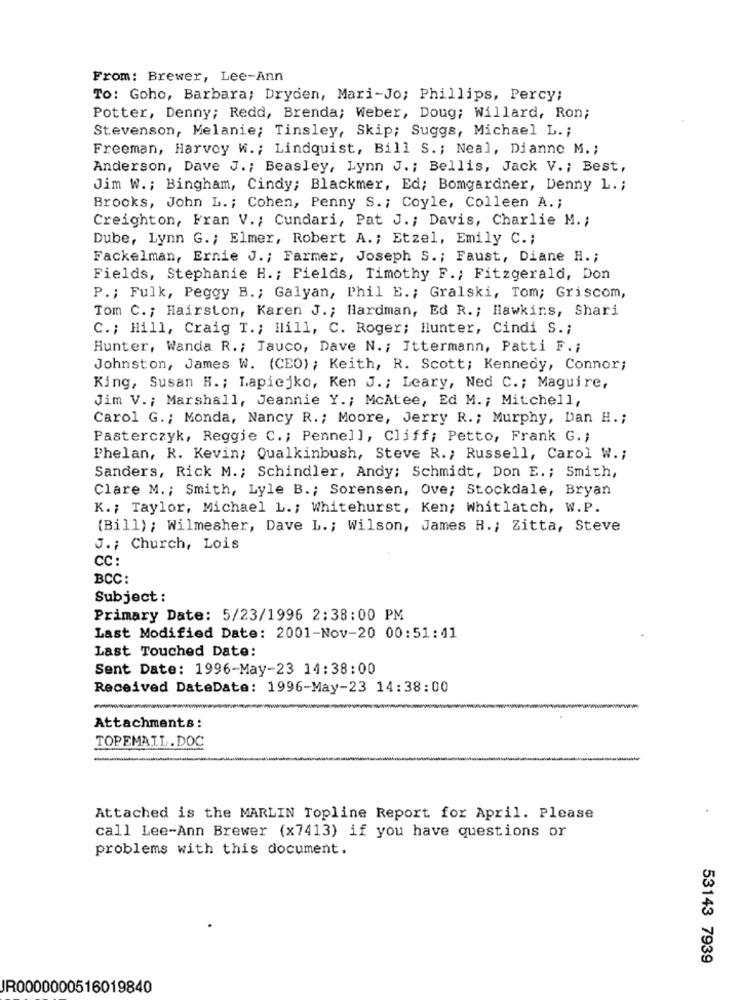
From: Brewer, Lee-Ann
To: Goho, Barbara; Dryden, Mari-Jo; Phillips, Percy;
Potter, Denny; Redd, Brenda; Weber, Doug; Willard, Ron;
Stevenson, Melanie; Tinsley, Skip; Suggs, Michael L .;
Freeman, Harvey W .; Lindquist, Bill S .; Neal, Dianne M .;
Anderson, Dave J .; Beasley, Lynn J .; Bellis, Jack V .; Best,
Jim W .; Bingham, Cindy; Blackmer, Ed; Bomgardner, Denny L. ;
Brooks, John L .; Cohen, Penny S .; Coyle, Colleen A .;
Creighton, Fran V .; Cundari, Pat J .; Davis, Charlie M. ;
Dube, Lynn G .; Elmer, Robert A .; Etzel, Emily C .;
Fackelman, Ernie J .; Farmer, Joseph S .; Faust, Diane H. ;
Fields, Stephanie H. ; Fields, Timothy F .; Fitzgerald, Don
P .; Fulk, Peggy B .; Galyan, Phil E .; Gralski, Tom; Griscom,
Tom C .; Hairston, Karen J .; Hardman, Ed R. ; Hawkins, Shari
C .; Hill, Craig T .; Hill, C. Roger; Hunter, Cindi S .;
Hunter, Wanda R .; Jauco, Dave N .; Ittermann, Patti F .;
Johnston, James W. (CEO) ; Keith, R. Scott; Kennedy, Connor;
King, Susan H .; Lapiejko, Ken J .; Leary, Ned C .; Maguire,
Jim V .; Marshall, Jeannie Y .; McAtee, Ed M. ; Mitchell,
Carol G .; Monda, Nancy R .; Moore, Jerry R .; Murphy, Dan H .;
Pasterczyk, Reggje C .; Pennel], Cliff; Petto, Frank G .;
Phelan, R. Kevin; Qualkinbush, Steve R .; Russell, Carol W .;
Sanders, Rick M .; Schindler, Andy; Schmidt, Don E .; Smith,
Clare M .; Smith, Lyle B .; Sorensen, Ove; Stockdale, Bryan
K .; Taylor, Michael L .; Whitehurst, Ken; Whitlatch, W.P.
(Bill); Wilmesher, Dave L .; Wilson, James H .; Zitta, Steve
J .; Church, Lois
CC:
BCC:
Subject :
Primary Date: 5/23/1996 2:38:00 PM
Last Modified Date: 2001-Nov-20 00:51:41
Last Touched Date:
Sent Date: 1996-May-23 14:38:00
Received DateDate: 1996-May-23 14:38:00
Attachments:
TOPEMAIL.DOC
Attached is the MARLIN Topline Report for April. Please
call Lee-Ann Brewer (x7413) if you have questions or
problems with this document.
53143 7939
JR0000000516019840